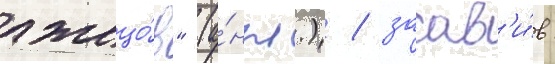
лжецо́в" (а́нгл.) / заав'и́в: